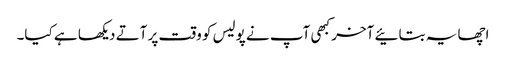
اچھا یہ بتائیے آخر کبھی آپ نے پولیس کو وقت پر آتے دیکھا ہے کیا۔